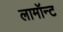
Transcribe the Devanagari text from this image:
लामॉन्ट